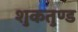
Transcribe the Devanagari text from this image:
शुकतुण्ड